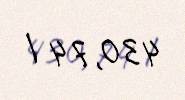
430,74 l